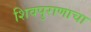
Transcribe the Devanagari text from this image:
शिवपुराणाचा